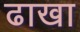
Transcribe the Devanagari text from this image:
ढाखा